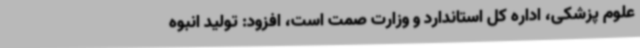
علوم پزشکی، اداره کل استاندارد و وزارت صمت است، افزود: تولید انبوه